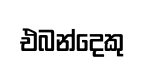
එබන්දෙකු